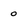
Character: 0